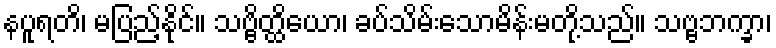
နပူရတိ၊ မပြည့်နိုင်။ သဗ္ဗိတ္ထိယော၊ ခပ်သိမ်းသောမိန်းမတို့သည်။ သဗ္ဗဘက္ခာ၊